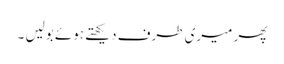
پھر میری طرف دیکھتے ہوئے بولیں ۔